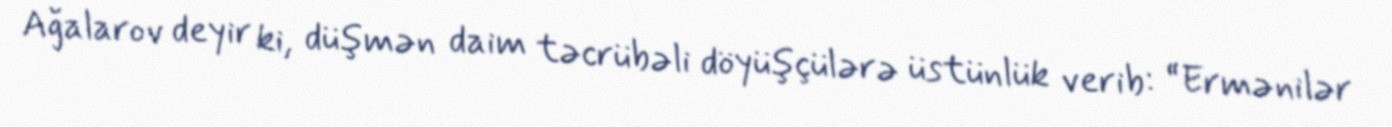
Ağalarov deyir ki, düşmən daim təcrübəli döyüşçülərə üstünlük verib: “Ermənilər